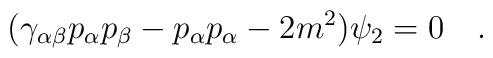
(\gamma_{\alpha\beta}p_\alpha p_\beta - p_\alpha p_\alpha - 2m^2)\psi_2 =0 \quad .